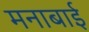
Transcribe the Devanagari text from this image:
मनाबाई